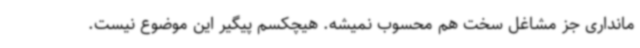
مانداری جز مشاغل سخت هم محسوب نمیشه. هیچکسم پیگیر این موضوع نیست.